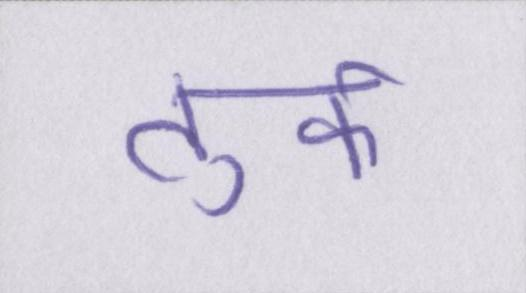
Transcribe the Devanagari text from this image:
तुर्क